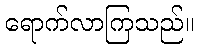
ရောက်လာကြသည်။